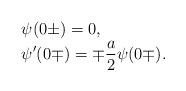
LaTeX: \begin{align*}\begin{array}{l}\displaystyle\psi(0\pm)=0,\\\displaystyle\psi'(0\mp)=\mp\frac{a}{2}\psi(0\mp).\end{array}\end{align*}